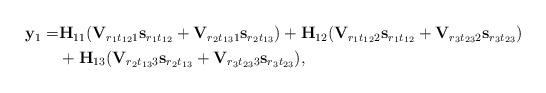
LaTeX: \begin{align*}\begin{aligned} {\bf y}_1=&{\bf H}_{11}({\bf V}_{r_{1}t_{12}1}{\bf s}_{r_1t_{12}}+{\bf V}_{r_{2}t_{13}1}{\bf s}_{r_2t_{13}})+{\bf H}_{12}({\bf V}_{r_{1}t_{12}2}{\bf s}_{r_1t_{12}}+{\bf V}_{r_{3}t_{23}2}{\bf s}_{r_3t_{23}})\\ &+{\bf H}_{13}({\bf V}_{r_{2}t_{13}3}{\bf s}_{r_2t_{13}}+{\bf V}_{r_{3}t_{23}3}{\bf s}_{r_3t_{23}}),\end{aligned}\end{align*}